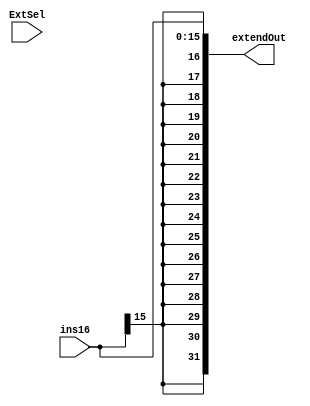
`timescale 1ns / 1ps

module SignExtend(ins16, ExtSel,extendOut);
input [15:0] ins16;
input ExtSel;//10
output reg [31:0] extendOut;
always@ (ins16[15:0] ,ExtSel) begin
    extendOut={{16{ins16[15]}},ins16[15:0]};
end
endmodule